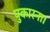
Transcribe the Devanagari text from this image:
पुकारना।